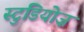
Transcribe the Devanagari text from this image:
स्टुडियोज़